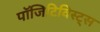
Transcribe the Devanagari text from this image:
पॉजिटिविस्ट्स